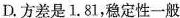
D.方差是1.81，稳定性一般